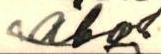
åbo